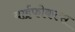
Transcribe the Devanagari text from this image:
बाईफोकल्स